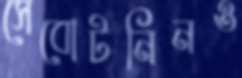
সেবোটনিনও